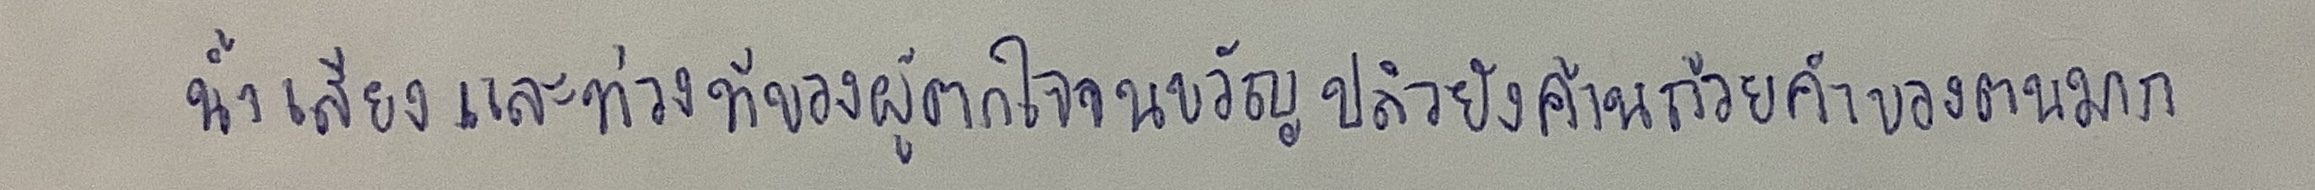
น้ำเสียงและท่วงทีของผู้ตกใจจนขวัญปลิวยังค้านถ้อยคำของตนมาก